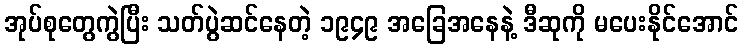
အုပ်စုတွေကွဲပြီး သတ်ပွဲဆင်နေတဲ့ ၁၉၄၉ အခြေအနေနဲ့ ဒီဆုကို မပေးနိုင်အောင်